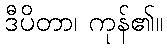
ဒီပိတာ၊ ကုန်၏။